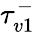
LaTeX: \tau_{v1}^{-}